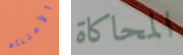
الأعتناء المحاكاة